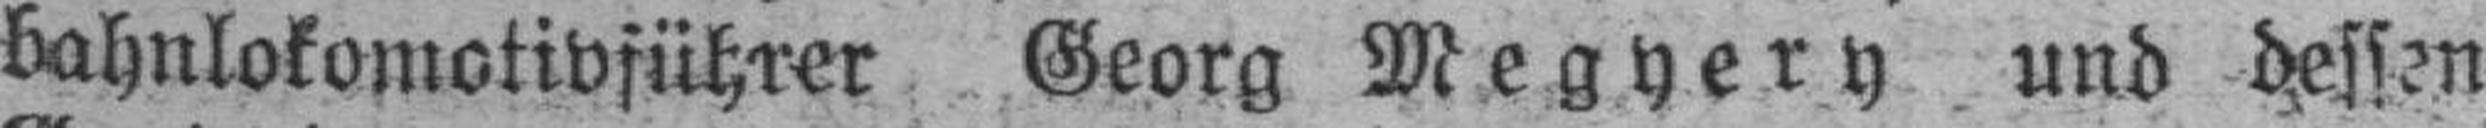
bahnlokomotivführer Georg Megyery und dessen